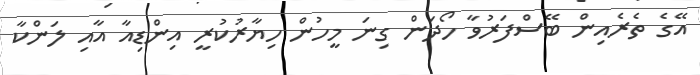
އޭގެ ތެރެއިން ބޭސްފަރުވާ ހޯދަން ގިނަ މީހުން ހިޔާރުކުރީ އިންޑިއާ އާއި ލަންކާ